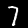
Digit: 7